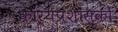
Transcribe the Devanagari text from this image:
कार्यप्रशासकों